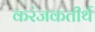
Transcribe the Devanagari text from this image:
करंजकतीर्थ